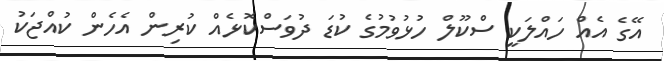
އޭގެ އެއް ހައްލަކީ ސްކޫލް ހުޅުވުމުގެ ކުޑަ ދުވަސްކޮޅެއް ކުރިން އެހެން ކުއްޖަކު